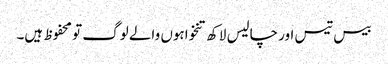
بیس تیس اور چالیس لاکھ تنخواہوں والے لوگ تو محفوظ ہیں۔